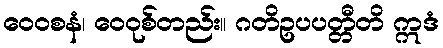
ဝေဝစနံ၊ ဝေဝုစ်တည်း။ ဂတိဥပပတ္တီတိ ဣဒံ